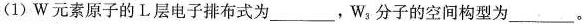
(1)W元素原子的I。层电子排布式为___，W_{3}分子的空间构型为___。